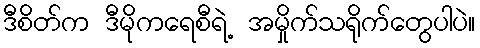
ဒီစိတ်က ဒီမိုကရေစီရဲ့ အမှိုက်သရိုက်တွေပါပဲ။